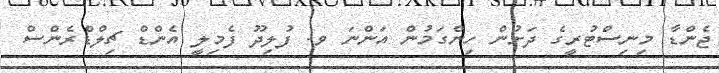
ޖެންޑާ މިނިސްޓުރީގެ ދަށުން ހިންގަމުން އަންނަ ވ. ފުލިދޫ ފެމިލީ އެންޑް ޗިލްޑްރެންސް